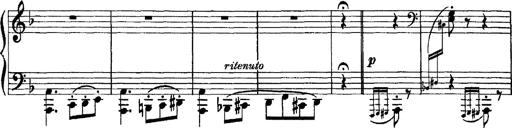
Title: Scherzo und Marsch
Composer: Franz Liszt